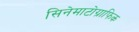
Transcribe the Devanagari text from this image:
सिनेमाटोग्राफिक